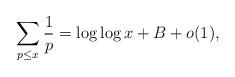
LaTeX: \begin{align*}\sum_{p \le x} \frac{1}{p} = \log \log x + B +o(1),\end{align*}